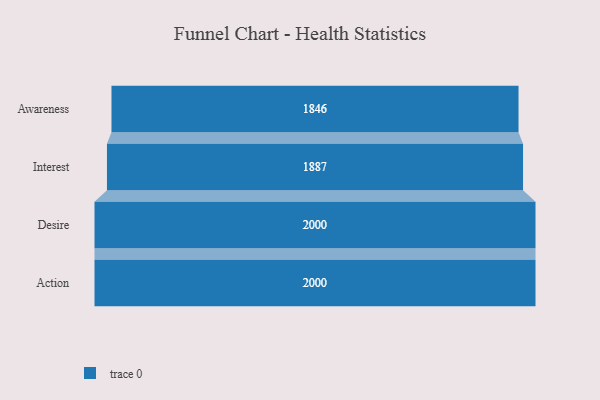
{"axis": {"x": "Stage", "y": "Value"}, "legend": [""], "data": [{"x": "Awareness", "y": 1846.0, "type": ""}, {"x": "Interest", "y": 1887.0, "type": ""}, {"x": "Desire", "y": 2000, "type": ""}, {"x": "Action", "y": 2000, "type": ""}]}